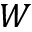
W